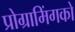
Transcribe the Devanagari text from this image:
प्रोग्रामिंगको